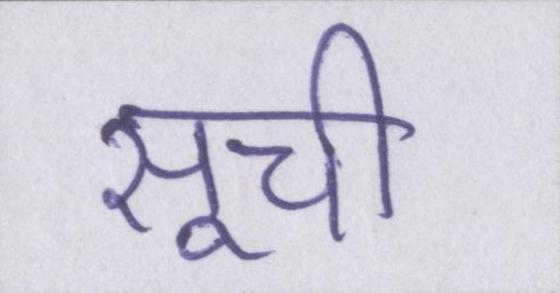
सूची